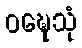
ဝဍ္ဎေသုံ